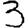
Digit: 3